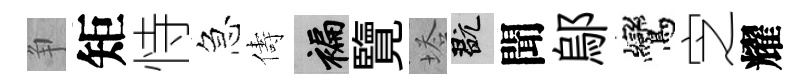
争矩恃急儔褊覽塔玩聞鄔鸞㝎耀